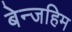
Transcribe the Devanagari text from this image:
बेन्जहिम